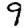
Digit: 9